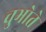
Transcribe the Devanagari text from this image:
चुभोते